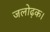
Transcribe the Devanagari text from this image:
जलोढ़क।